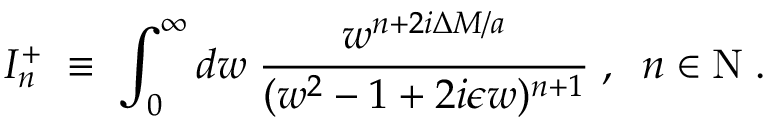
{ \cal I } _ { n } ^ { + } \; \equiv \; \int _ { 0 } ^ { \infty } d w \; \frac { w ^ { n + 2 i \Delta M / a } } { ( w ^ { 2 } - 1 + 2 i \epsilon w ) ^ { n + 1 } } \; , \; \; n \in \mathrm { N } \; .